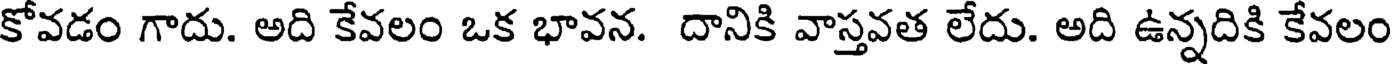
కోవడం గాదు. అది కేవలం ఒక భావన. దానికి వాస్తవత లేదు. అది ఉన్నదికి కేవలం